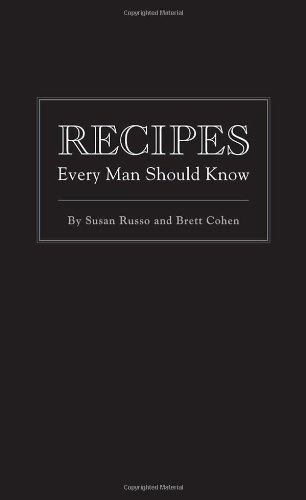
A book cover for Recipes Every Man Should Know (Pocket Companions); Susan Russo; Humor & Entertainment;